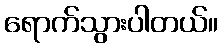
ရောက်သွားပါတယ်။